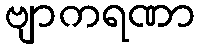
ဗျာကရဏာ